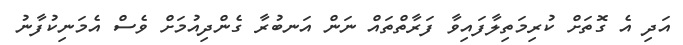
އަދި އެ ގޮތަށް ކުރިމަތިލާފައިވާ ފަރާތްތައް ނަން އަނބުރާ ގެންދިއުމަށް ވެސް އެމަނިކުފާނު